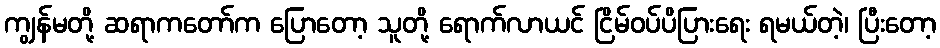
ကျွန်မတို့ ဆရာကတော်က ပြောတော့ သူတို့ ရောက်လာယင် ငြိမ်ဝပ်ပိပြားရေး ရမယ်တဲ့၊ ပြီးတော့